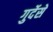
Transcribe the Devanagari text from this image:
गुर्देसे